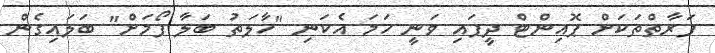
ފަރާތްތަކަށް ޕޮއިންޓް ދީފައި ވަނީ ހަމަ އެކަނި "ހާލަތު ބަލާ ފޯމަށް" ބަލައިގެން